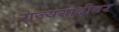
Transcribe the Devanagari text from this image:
राज्यगादीवर